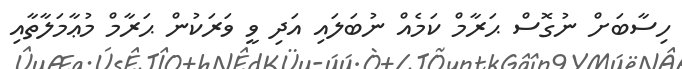
ހިސާބަށް ނުގޮސް ޙަރާމް ކަމެއް ނުބަލައި އަދި ވީ ވަރަކުން ޙަރާމް މުޢާމަލާތާއި